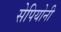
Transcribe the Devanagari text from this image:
सेपियोनी